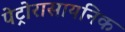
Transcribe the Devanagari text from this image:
पेट्रोरासायनिक